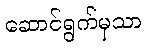
ဆောင်ရွက်မှသာ